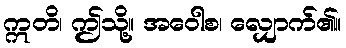
ဣတိ၊ ဤသို့။ အဝေါစ၊ လျှောက်၏။